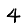
Digit: 4